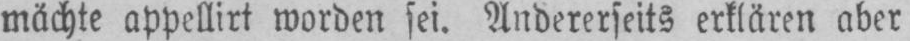
appellirt worden sei. Andererseits erklären aber